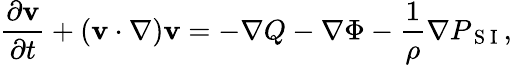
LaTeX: \frac{\partial\mathbf{v}}{\partial t}+\left(\mathbf{v}\cdot\nabla\right)\mathbf{v}=-\nabla Q-\nabla\Phi-\frac{1}{\rho}\nabla P_{\mathrm{~S~I~}},